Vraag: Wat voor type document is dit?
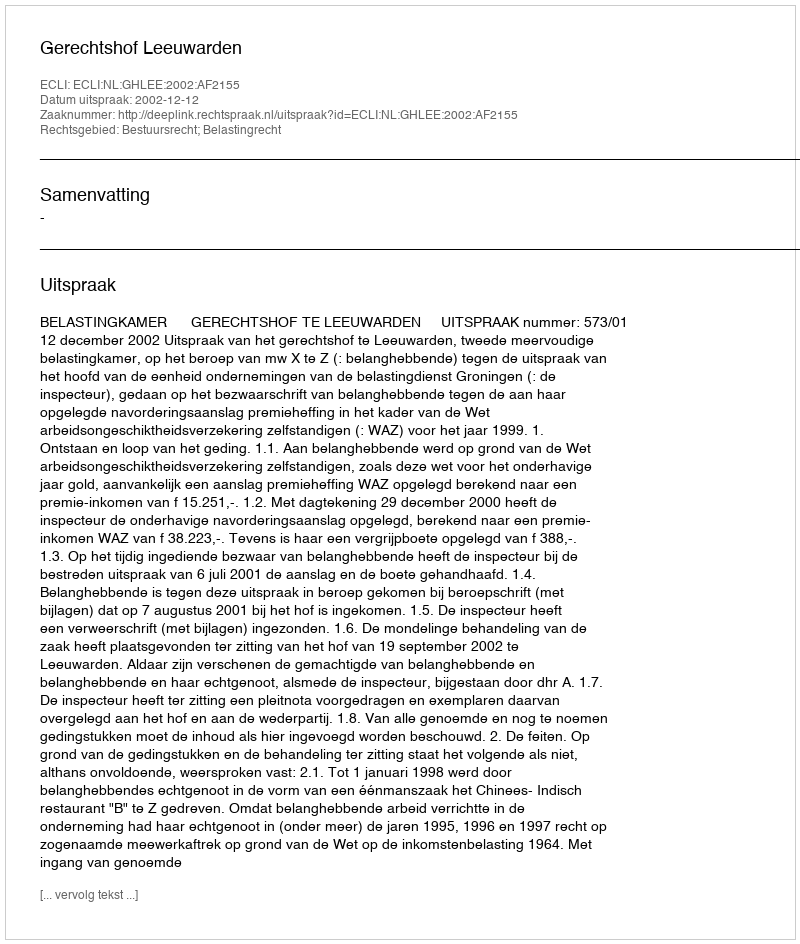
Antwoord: Uitspraak